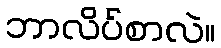
ဘာလိပ်စာလဲ။